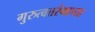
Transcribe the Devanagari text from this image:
गुरुत्वतरंगाच्या